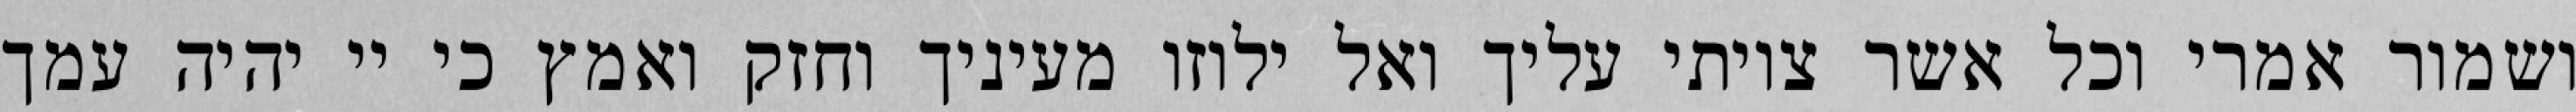
ושמור אמרי וכל אשר צויתי עליך ואל ילוזו מעיניך וחזק ואמץ כי יי יהיה עמך